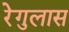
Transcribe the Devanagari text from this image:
रेगुलास